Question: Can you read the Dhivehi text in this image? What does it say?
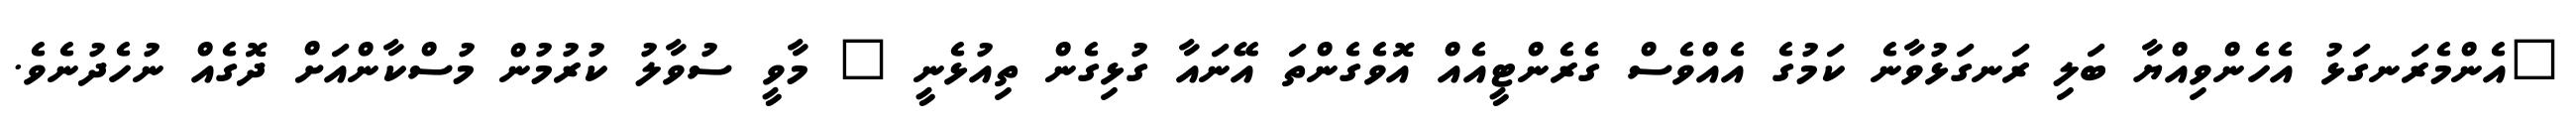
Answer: "އެންމެރަނގަޅު އެހެންވިއްޔާ ބަލި ރަނގަޅުވާނެ ކަމުގެ އެއްވެސް ގެރެންޓީއެއް އޮވެގެންތަ އޭނައާ ގުޅިގެން ތިއުޅެނީ " މާވީ ސުވާލު ކުރުމުން މުސްކާންއަށް ދޮގެއް ނުހެދުނެވެ.